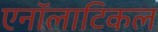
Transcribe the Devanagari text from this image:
एनॉलाटिकल